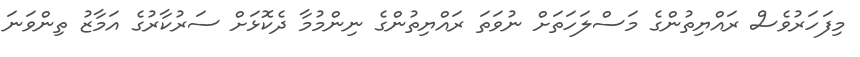
މިފަހަރުވެސް ރައްޔިތުންގެ މަސްލަހަތަށް ނުވަތަ ރައްޔިތުންގެ ނިންމުމާ ދެކޮޅަށް ސަރުކާރުގެ އަމާޒު ތިންވަނަ